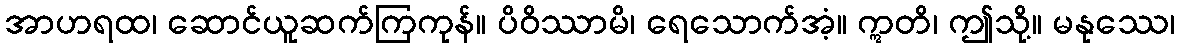
အာဟရထ၊ ဆောင်ယူဆက်ကြကုန်။ ပိဝိဿာမိ၊ ရေသောက်အံ့။ ဣတိ၊ ဤသို့။ မနုဿေ၊